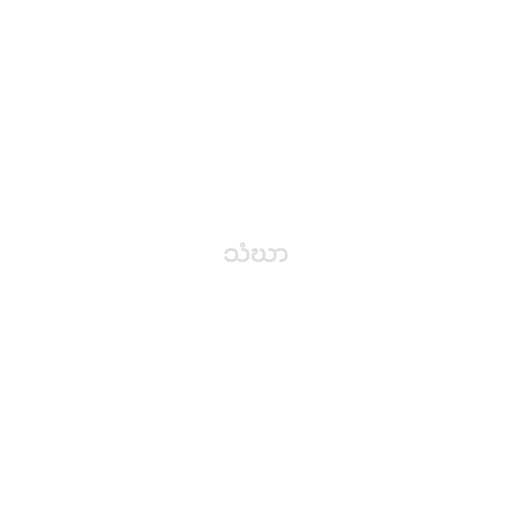
သံဃာ